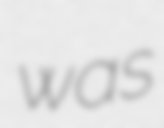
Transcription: was